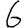
Digit: 6